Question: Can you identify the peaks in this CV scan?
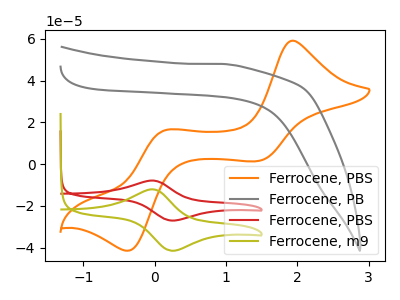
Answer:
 <answer>The orange curve "Ferrocene, PBS" has anodic peaks at (1.95V, 59.15uA) (0.15V, 16.25uA) and cathodic peaks at (1.45V, 1.55uA) (-0.40V, -41.50uA). The gray curve "Ferrocene, PB" has no peaks. The red curve "Ferrocene, PBS" has an anodic peak at (-0.05V, -7.85uA) and a cathodic peak at (0.25V, -27.00uA). The olive curve "Ferrocene, m9" has an anodic peak at (-0.05V, -12.05uA) and a cathodic peak at (0.25V, -41.45uA).</answer>
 <eval></eval>